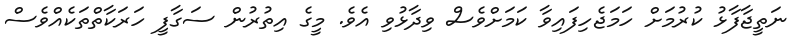
ނަތީޖާފާޅު ކުރުމަށް ހަމަޖެހިފައިވާ ކަމަށްވެސް ވިދާޅުވި އެވެ. މީގެ އިތުރުން ސަގާފީ ހަރަކާތްތަކެއްވެސް